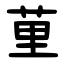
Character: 荲